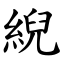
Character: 䋩